Scottish Leaving Certificate Examination, 1960
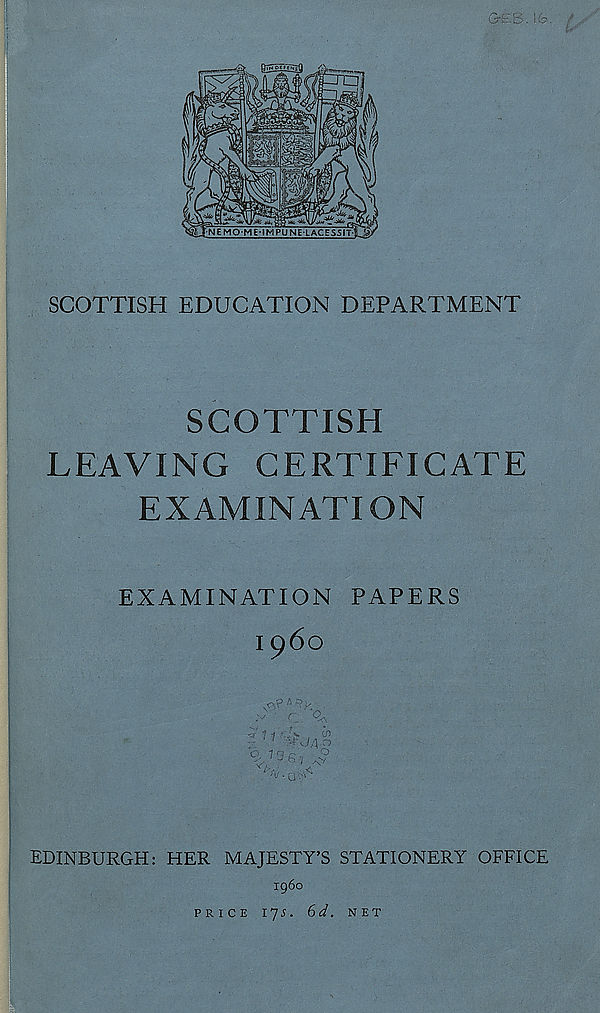
SCOTTISH EDUCATION DEPARTMENT
SCOTTISH
LEAVING CERTIFICATE
EXAMINATION
EXAMINATION PAPERS
i960
1
cn
7 -rjA.n
v
O
0/73
%.a;<
EDINBURGH: HER MAJESTY’S STATIONERY OFFICE
i960
PRICE 175. 6d. NET